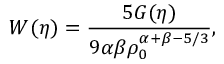
W ( \eta ) = \frac { 5 G ( \eta ) } { 9 \alpha \beta \rho _ { 0 } ^ { \alpha + \beta - 5 / 3 } } ,